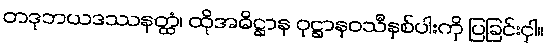
တဒုဘယဒဿနတ္ထံ၊ ထိုအဓိဋ္ဌာန ဝုဋ္ဌာနဝသီနှစ်ပါးကို ပြခြင်းငှါ။